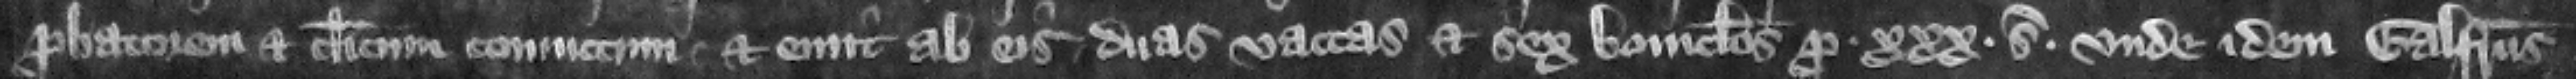
probatorem et clericum conuictum et emit ab eis duas vaccas et sex bouiculos pro .xxx. solidis vnde idem Galfridus